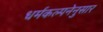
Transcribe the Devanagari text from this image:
धर्मकल्पनेनुसार